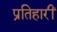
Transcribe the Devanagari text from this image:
प्रतिहारीं